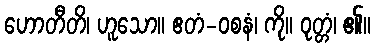
ဟောတီတိ၊ ဟူသော။ ဧတံ-ဝစနံ၊ ကို။ ဝုတ္တံ၊ ၏။